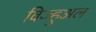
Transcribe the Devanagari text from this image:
विज्हुअल